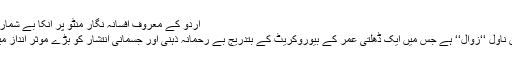
اردو کے معروف افسانہ نگار منٹو پر انکا بے شمار کام ہے اور انکے
ناولوں میں اہم ترین ناول ‘‘زوال‘‘ ہے جس میں ایک ڈھلتی عمر کے بیوروکریٹ کے بتدریج بے رحمانہ ذہنی اور جسمانی انتشار کو بڑے موثر انداز میں بیان کیا گیا ہے۔